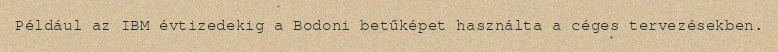
Például az IBM évtizedekig a Bodoni betűképet használta a céges tervezésekben.